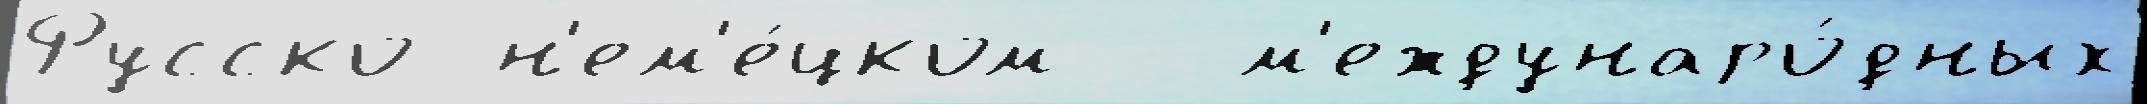
Русско-н'ем'е́цком   м'еждунаро́дных